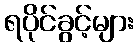
ရပိုင်ခွင့်များ